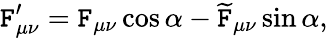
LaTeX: \mathtt{F}_{\mu\nu}^{\prime}=\mathtt{F}_{\mu\nu}\cos\alpha-\widetilde{{\mathtt{F}}}_{\mu\nu}\sin\alpha,